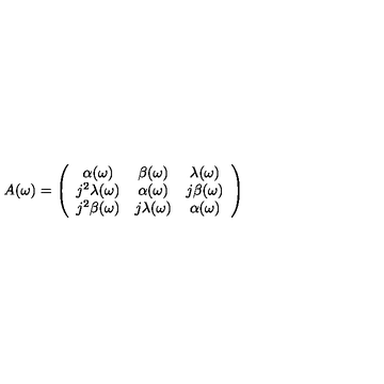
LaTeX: A ( \omega ) = \left( \begin{array} { c c c } { \alpha ( \omega ) } & { \beta ( \omega ) } & { \lambda ( \omega ) } \\ { j ^ { 2 } \lambda ( \omega ) } & { \alpha ( \omega ) } & { j \beta ( \omega ) } \\ { j ^ { 2 } \beta ( \omega ) } & { j \lambda ( \omega ) } & { \alpha ( \omega ) } \\ \end{array} \right)